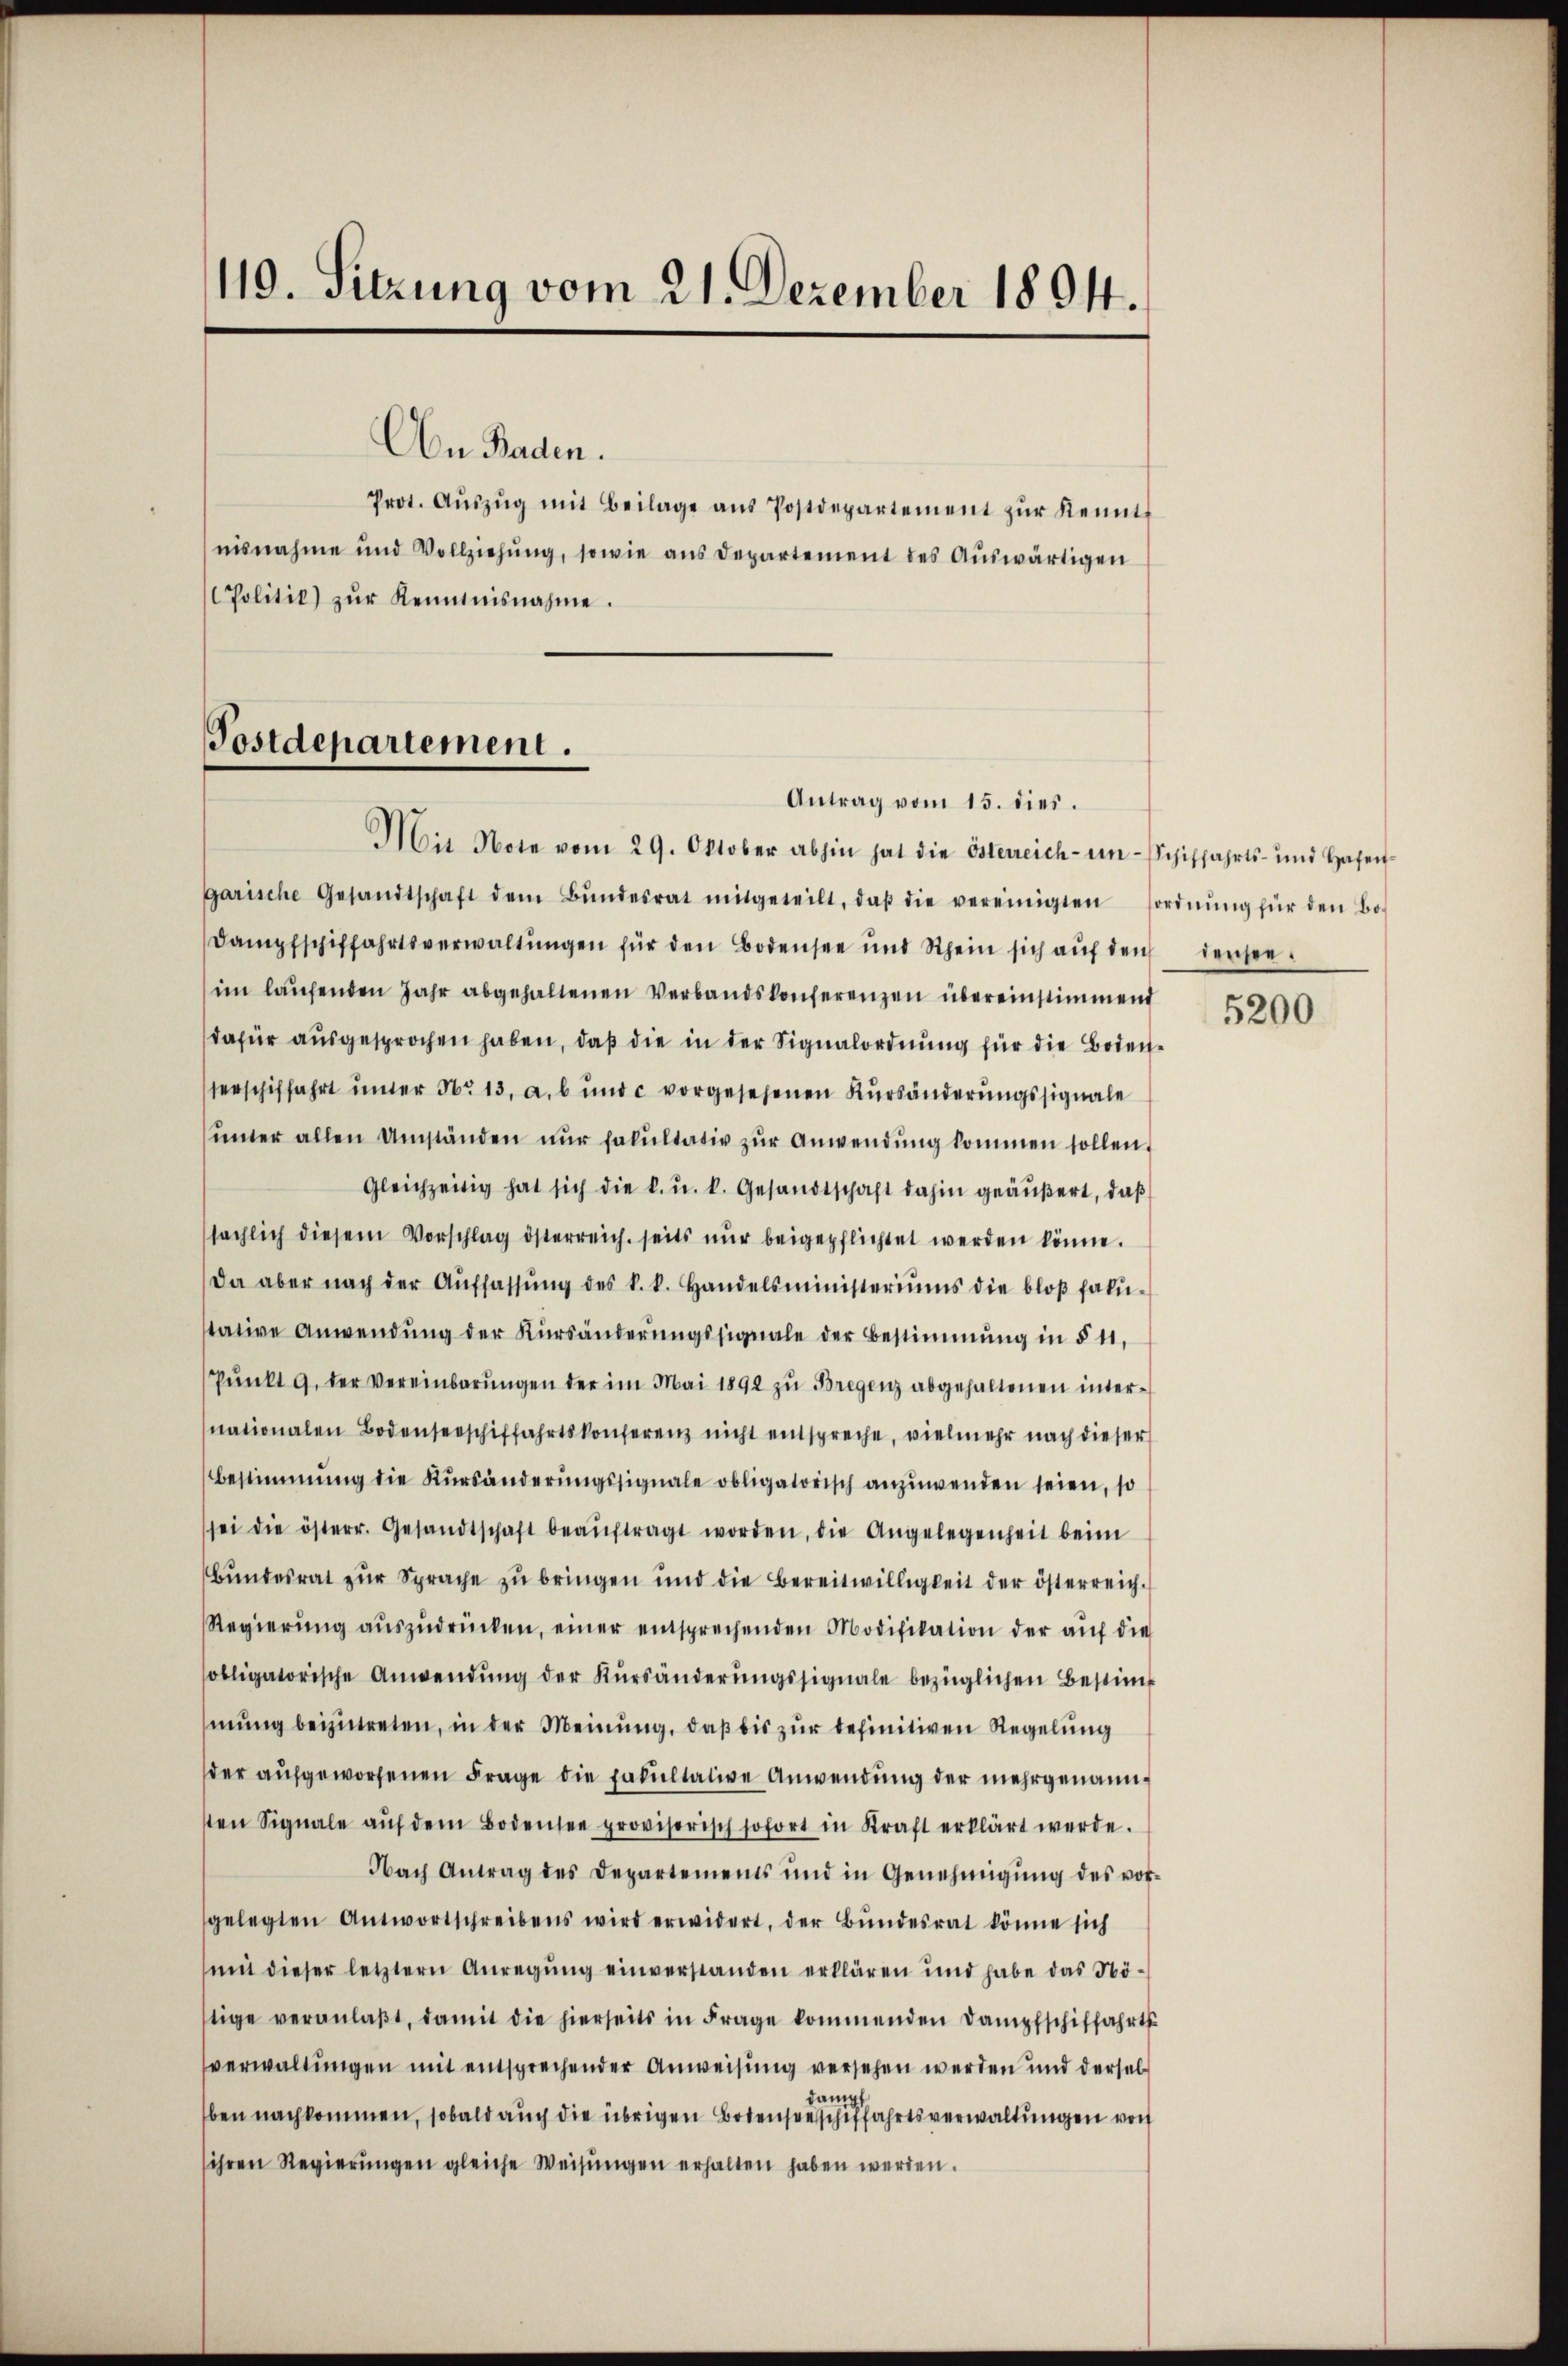
19. Sitzung vom 21. Dezember 1804.

On Baden.
Prot. Aŭszŭg mit Beilage aŭs Postdepartement zŭr Kennt
nisnahme und Vollziehung, sowie aus Departement des Auswärtigen
Politik) zŭr Kenntnisnahme.

Postdepartement.

Antrag vom 15. dies.

Mit Note vom 29. Oktober abhin hat die Österreich- um Schiffahrts- und Hafen-
garische Gesandtschaft dem Bŭndesrat mitgeteilt, daβ die vereinigten sordnŭng für den Bo-
Dampfschiffahrtsverwaltŭngen für den Bodensee und Rhein sich aŭf den denseeim laŭfenden Jahr abgehaltenen Verbandskonferenzen übereinstimmend
dafür ausgesprochen haben, daß die in der Signalordnung für die Bodenserschiffahrt unter No 13. a. b und c vorgesehenen Kursänderungssignale
sinter allen Umständen nŭr fakultativ zŭr Anwendŭng kommen sollen,
Gleichzeitig hat sich die k. u. k. Gesandtschaft dahin geäußert, daß
sächlich diesem Vorschlag österreich seits nŭr beigepflichtet werden könne.
Da aber nach der Aŭffassŭng des k. k. Handelsministeriŭms die bloβ fali-
stative Anwendung der Kürsänderŭngssignale der Bestimmung in § 11,
Pŭnkt 9. der Vereinbarŭngen der im Mai 1892 zu Bregenz abgehaltenen internationalen Bodenserschiffahrtskonferenz nicht entspreche, vielmehr nach dieser
Bestimmung die Kŭrsänderŭngssignale obligatorisch anzuwenden seien, so
sei die österr. Gesandtschaft beaŭftragt worden, die Angelegenheit beim
bŭndesrat zŭr Sprache zŭ bringen und die Bereitwilligkeit der österreich.
Regierŭng aŭszŭdrücken, einer entsprechenden Modifikation der aŭf die
obligatorische Anwendŭng der Kürsänderŭngssignale bezüglichen Bestim
mung beizutreten, in der Meinung, daß bis zur definitiven Regelung
der aufgeworfenen Frage die Fakultative Anwendung der mehrgenannsten Signale aŭf dem Bodensee provisorisch sofort in Kraft erklärt werde.
Nach Antrag des Departements und in Genehmigŭng des vor-
gelegten Antwortschreibens wird erwidert, der Bŭndesrat könne sich
mit dieser letztern Anregŭng einverstanden erklären und habe das Nöstige veranlaβt, damit die hierseits in Frage kommenden Dampfschiffahrts
verwaltungen mit entsprechender Anweisung versehen werden und dersel
ann
ben nachkommen, sobald auch die übrigen Bodenseeschiffahrtsverwaltungen von
ihren Regierŭngen gleiche Weisŭngen erhalten haben werden.

5200